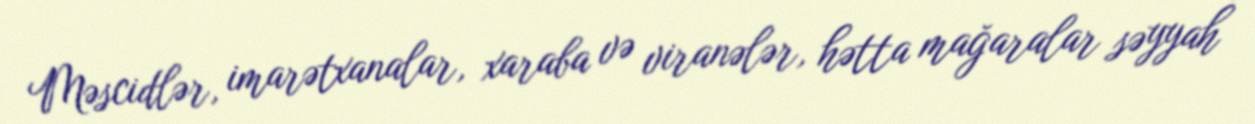
Məscidlər, imarətxanalar, xaraba və viranələr, hətta mağaralar səyyah